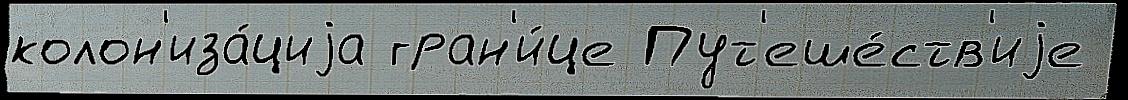
колон'иза́циjа гран'и́це Пут'еше́ств'иjе